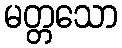
မတ္တသော